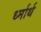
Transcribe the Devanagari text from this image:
र्ध्मार्थ